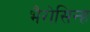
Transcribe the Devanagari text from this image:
भैरोसिन्ह